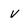
Character: v